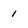
Character: 1